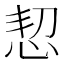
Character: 恝